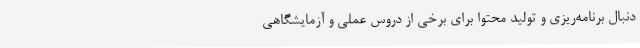
دنبال برنامه‌ریزی و تولید محتوا برای برخی از دروس عملی و آزمایشگاهی